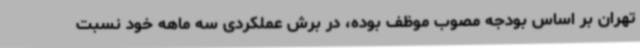
تهران بر اساس بودجه مصوب موظف بوده، در برش عملکردی سه ماهه خود نسبت